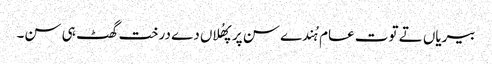
بیریاں تے توت عام ہُندے سن پر پھُلاں دے درخت گھٹ ہی سن۔